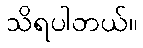
သိရပါတယ်။